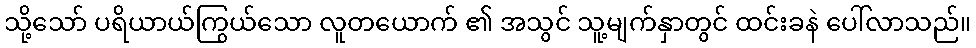
သို့သော် ပရိယာယ်ကြွယ်သော လူတယောက် ၏ အသွင် သူ့မျက်နှာတွင် ထင်းခနဲ ပေါ်လာသည်။